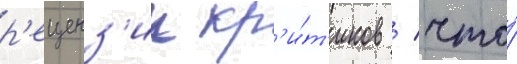
р'еценз'ии кр'и́т'иков / что́